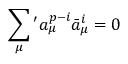
\sum _ { \mu } { } ^ { \prime } a _ { \mu } ^ { p - i } \bar { a } _ { \mu } ^ { i } = 0